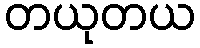
တယုတယ